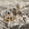
أنه